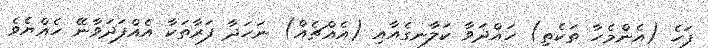
ފަހެ (އެންމެހާ ތަކެތި) ހައްދަވާ ކަލާނގެއާއި (އެއްޗެއް) ނަހަދާ ފަރާތަކާ އެއްފަދަވާނޭ ހެއްޔެވެ